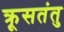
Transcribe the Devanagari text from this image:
क्रूसतंतु